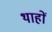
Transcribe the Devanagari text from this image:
थाहों